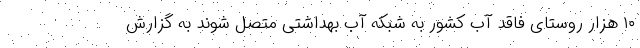
۱۰ هزار روستای فاقد آب کشور به شبکه آب بهداشتی متصل شوند به گزارش